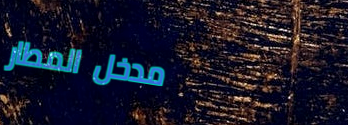
مدخل المطار